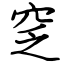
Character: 窆